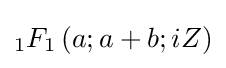
{}_{1}F_{1}\left(a;a+b;iZ\right)